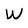
Character: W